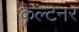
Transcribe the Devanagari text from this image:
केल्टनर